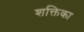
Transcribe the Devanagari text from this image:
शक्तिका